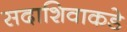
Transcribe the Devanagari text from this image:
सदाशिवाकडे